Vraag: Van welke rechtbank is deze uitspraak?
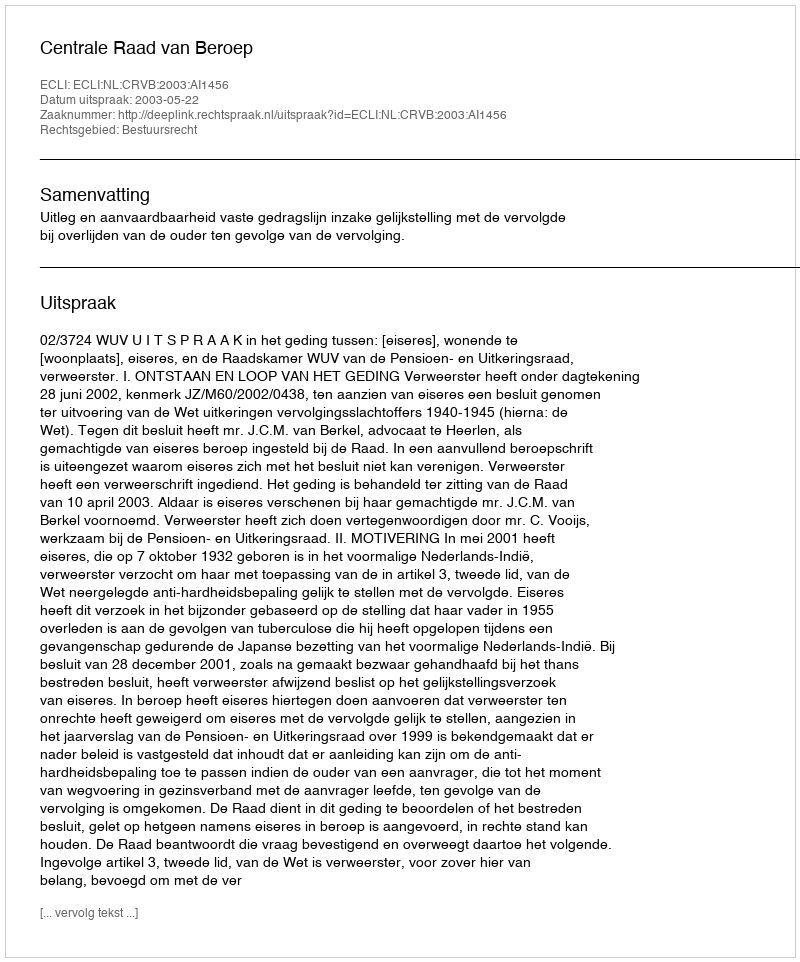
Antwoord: Centrale Raad van Beroep